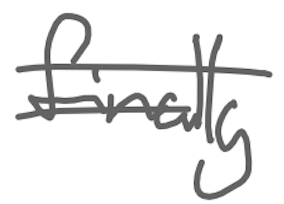
Text: finally
Cross-out: double-line
Writing tool: digital_gray